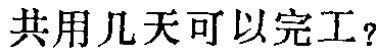
共用几天可以完工？